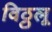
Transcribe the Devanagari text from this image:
विठ्ठलू